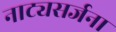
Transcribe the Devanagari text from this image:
नाट्यसर्जना